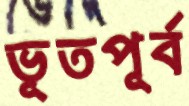
ভূতপূর্ব